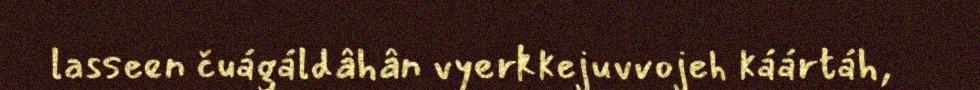
lasseen čuágáldâhân vyerkkejuvvojeh káártáh,